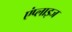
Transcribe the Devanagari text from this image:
एंप्लाइज